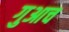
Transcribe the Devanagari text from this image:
गुआच